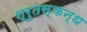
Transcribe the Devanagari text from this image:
श्रुतस्कन्ध